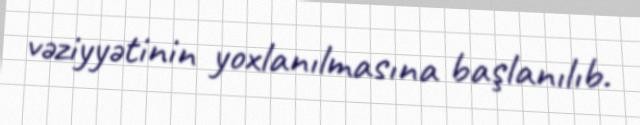
vəziyyətinin yoxlanılmasına başlanılıb.